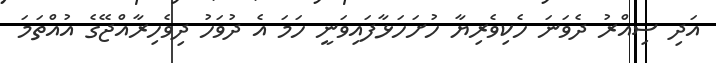
އަދި ސިއްރު ދެވަނަ ހެކިވެރިޔާ ހުށަހަޅާފައިވަނީ ހަމަ އެ ދުވަހު ދިވެހިރާއްޖޭގެ އުއްތަމަ